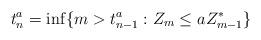
LaTeX: \begin{align*} t_n^a = \inf \{m>t_{n-1}^a:Z_m \leq a Z^*_{m-1}\} \end{align*}